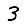
Digit: 3